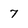
Character: 7